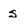
Character: s